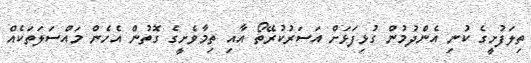
ތިލަފުށީގެ ކުނި އެންދުމުން ގުޅިފަޅަށް އަސަރުކުރޭތޯ އާއި ތިމާވެށީގެ ގޮތުން އެހެން މައްސަލަތަކެއް